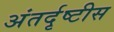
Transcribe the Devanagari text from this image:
अंतर्दृष्टीस